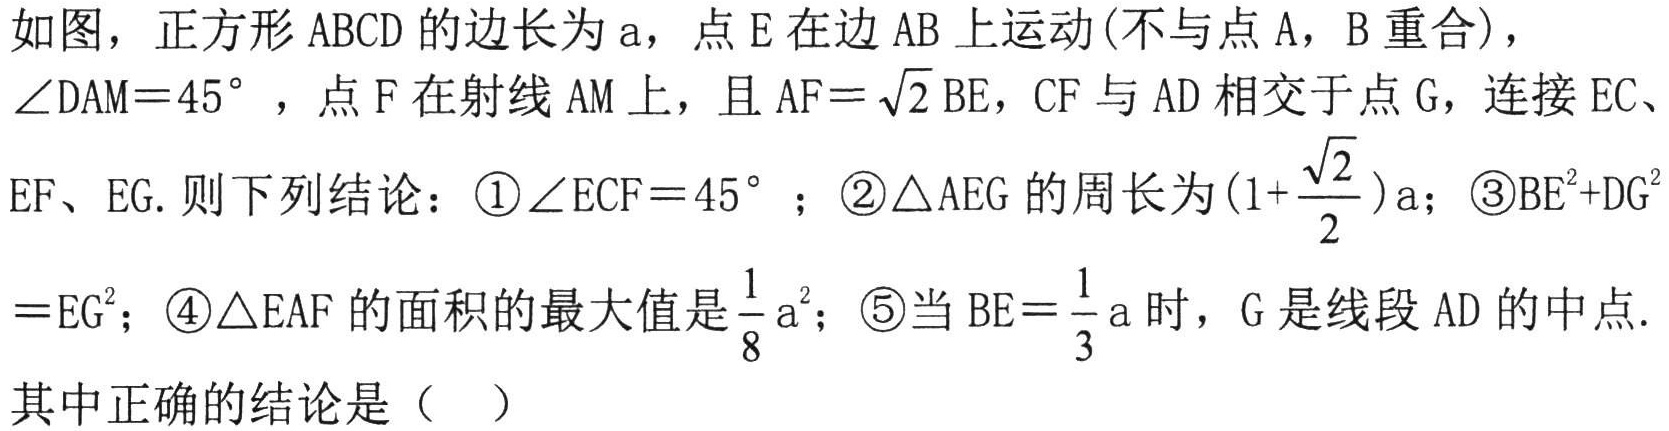
如图，正方形\(ABCD\)的边长为\(a\)，点\(E\)在边\(AB\)上运动(不与点\(A\)，\(B\)重合)，
\(\angle DAM = 45^{\circ}\)，点\(F\)在射线\(AM\)上，且\(AF = \sqrt{2}BE\)，\(CF\)与\(AD\)相交于点\(G\)，连接\(EC\)、
\(EF\)、\(EG\). 则下列结论：\textcircled{1}\(\angle ECF = 45^{\circ}\) ；\textcircled{2}\(\triangle AEG\)的周长为\((1 + \dfrac{\sqrt{2}}{2})a\)；\textcircled{3}\(BE^{2}+DG^{2}=EG^{2}\)；\textcircled{4}\(\triangle EAF\)的面积的最大值是\(\dfrac{1}{8}a^{2}\)；\textcircled{5}当\(BE=\dfrac{1}{3}a\)时，\(G\)是线段\(AD\)的中点.
其中正确的结论是（  ）